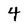
Character: 4